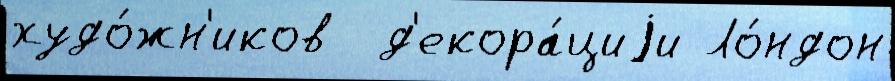
худо́жн'иков  д'екора́циjи Ло́ндон